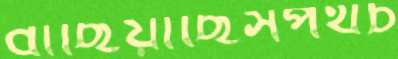
বাছিয়াছিসপথচ